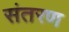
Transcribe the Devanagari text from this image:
संतरण